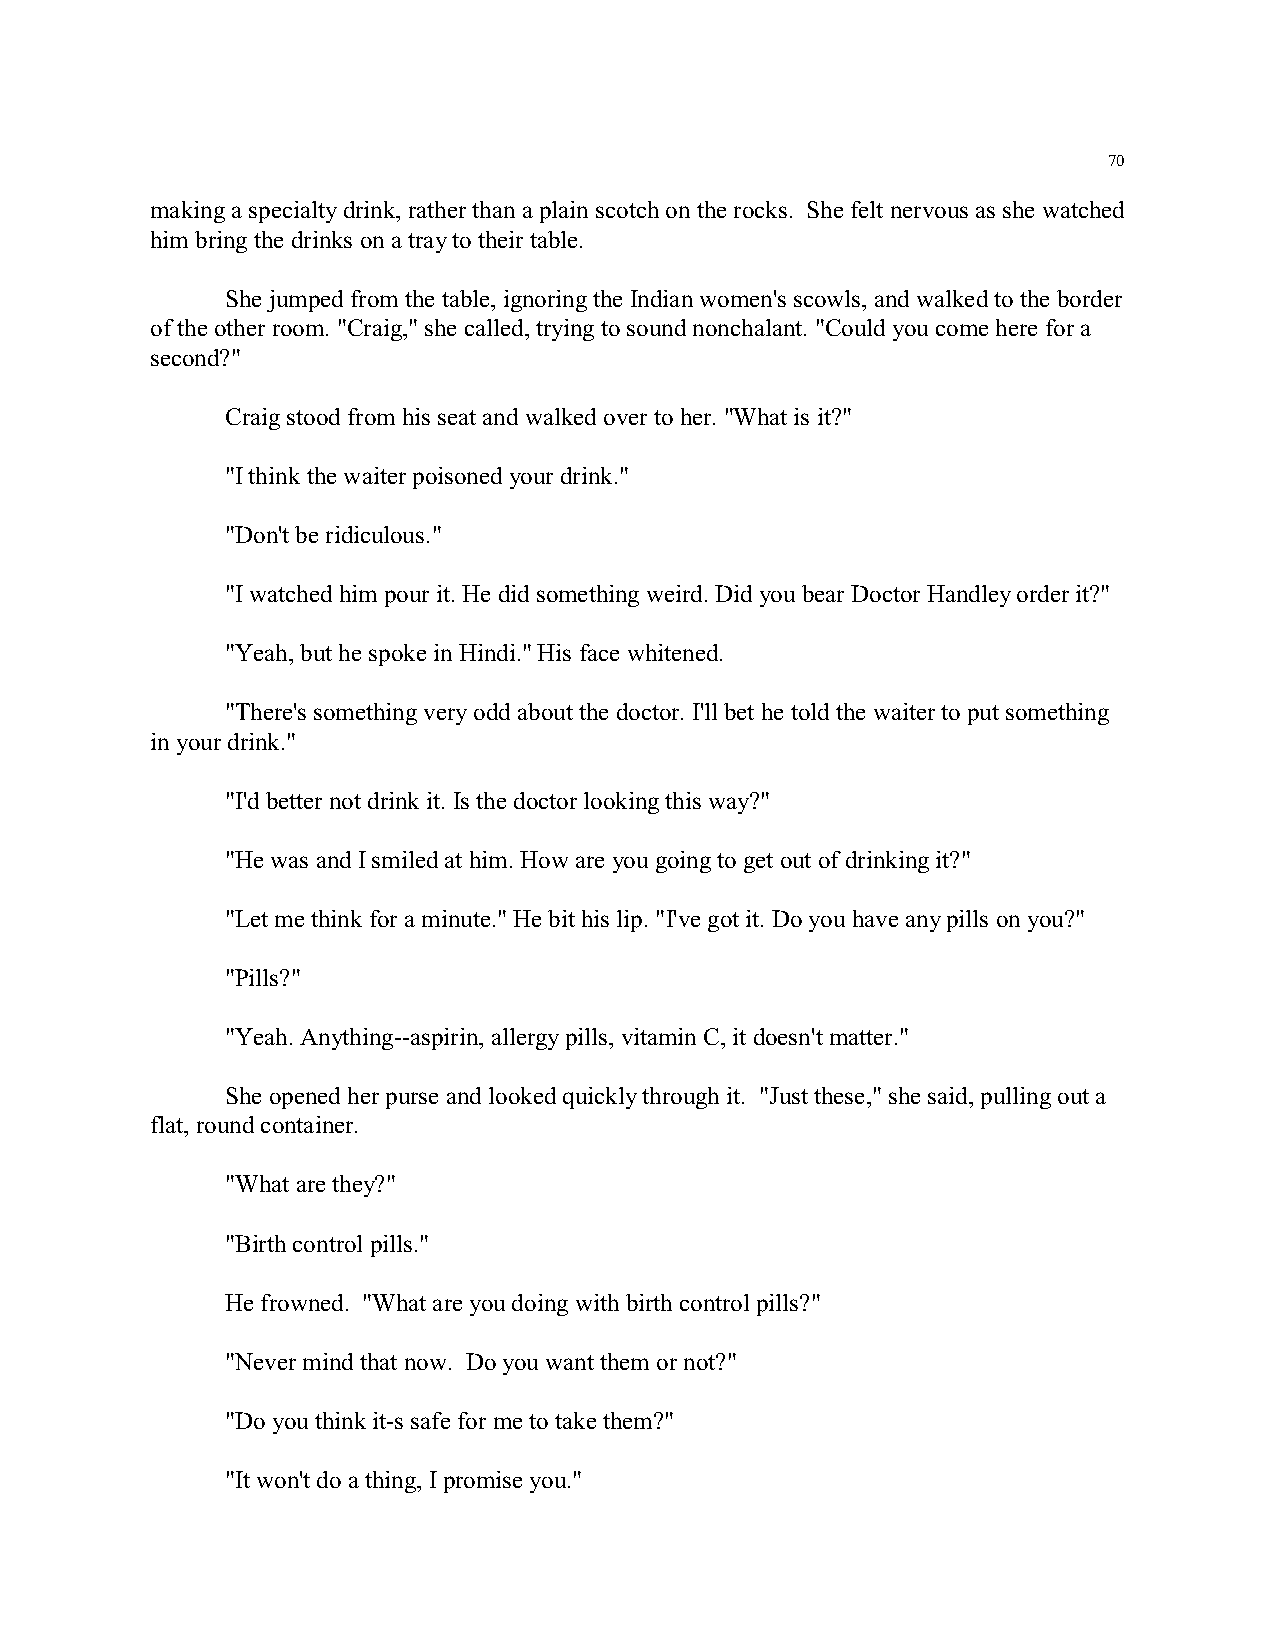
70
 making a specialty drink, rather than a plain scotch on the rocks. She felt nervous as she watched
 him bring the drinks on a tray to their table.
 She jumped from the table, ignoring the Indian women's scowls, and walked to the border
 of the other room. "Craig," she called, trying to sound nonchalant. "Could you come here for a
 second?"
 Craig stood from his seat and walked over to her. "What is it?"
 "I think the waiter poisoned your drink."
 "Don't be ridiculous."
 "I watched him pour it. He did something weird. Did you bear Doctor Handley order it?"
 "Yeah, but he spoke in Hindi." His face whitened.
 "There's something very odd about the doctor. I'll bet he told the waiter to put something
 in your drink."
 "I'd better not drink it. Is the doctor looking this way?"
 "He was and I smiled at him. How are you going to get out of drinking it?"
 "Let me think for a minute." He bit his lip. "I've got it. Do you have any pills on you?"
 "Pills?"
 "Yeah. Anything--aspirin, allergy pills, vitamin C, it doesn't matter."
 She opened her purse and looked quickly through it. "Just these," she said, pulling out a
 flat, round container.
 "What are they?"
 "Birth control pills."
 He frowned. "What are you doing with birth control pills?"
 "Never mind that now. Do you want them or not?"
 "Do you think it-s safe for me to take them?"
 "It won't do a thing, I promise you."